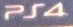
PS4